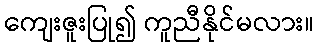
ကျေးဇူးပြု၍ ကူညီနိုင်မလား။